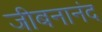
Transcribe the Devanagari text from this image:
जीबनानंद